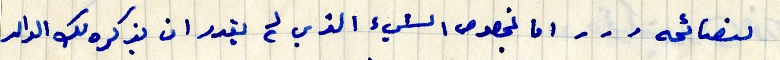
لنصائحه... اما بخصوص الشيئ الذي لم يقدر ان يذكره لك الوالد